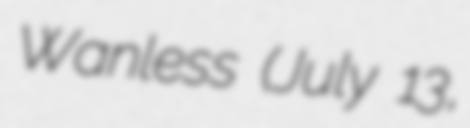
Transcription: Wanless (July 13,